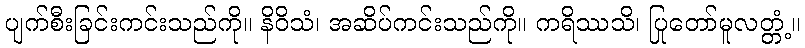
ပျက်စီးခြင်းကင်းသည်ကို။ နိဝိသံ၊ အဆိပ်ကင်းသည်ကို။ ကရိဿသိ၊ ပြုတော်မူလတ္တံ့။